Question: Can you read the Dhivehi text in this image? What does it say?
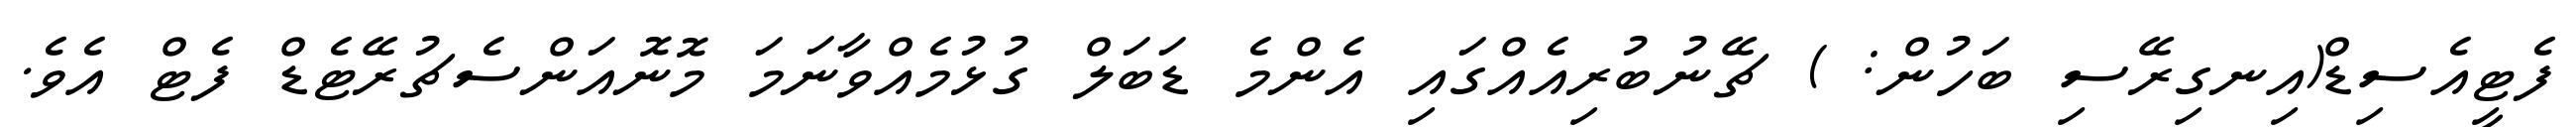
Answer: ފެޓީއެސިޑް(އިނގިރޭސި ބަހުން: ) ޗޭނުބުރިއެއްގައި އެންމެ ޑަބަލް ގުޅުމެއްވާނަމަ މޮނޮއަންސެޗުރޭޓެޑް ފެޓް އެވެ.